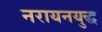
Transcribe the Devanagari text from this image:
नरायनयुद्ध